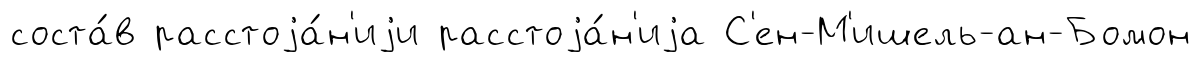
соста́в расстоjа́н'иjи расстоjа́н'иjа С'ен-М'ишель-ан-Бомон